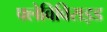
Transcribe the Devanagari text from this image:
फ्लेविविराइड